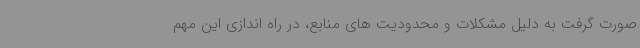
صورت گرفت به دلیل مشکلات و محدودیت های منابع، در راه اندازی این مهم